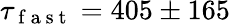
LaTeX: \tau_{\mathrm{~f~a~s~t~}}=405\pm 165